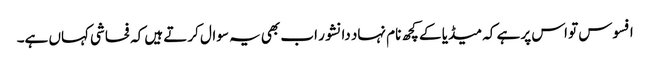
افسوس تو اس پر ہے کہ میڈیا کے کچھ نام نہاد دانشور اب بھی یہ سوال کرتے ہیں کہ فحاشی کہاں ہے۔